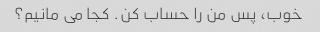
خوب، پس من را حساب کن. کجا می مانیم؟